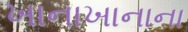
ખાનાખાનાના